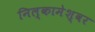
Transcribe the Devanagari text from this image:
निल्कामेश्वर